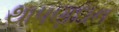
થાપણદાન